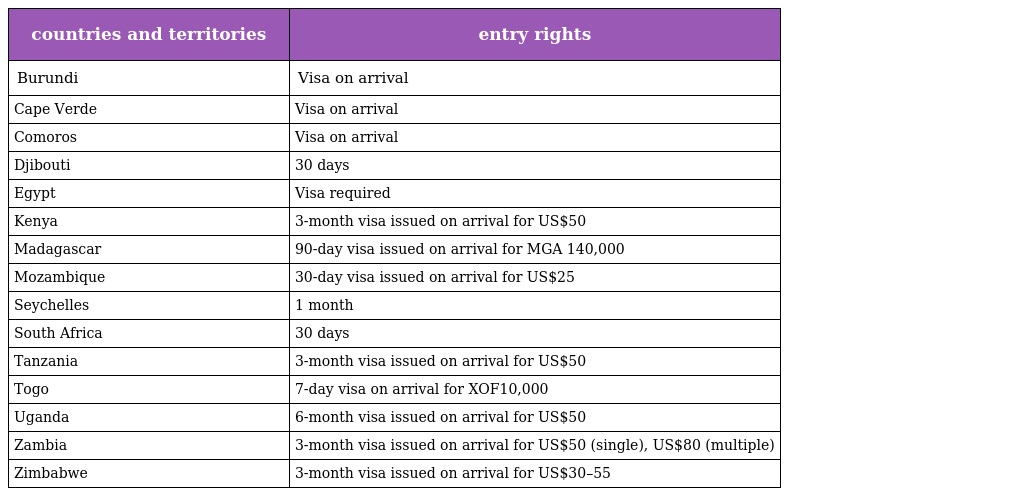
| countries and territories | entry rights |
 | --- | --- |
 | Burundi | Visa on arrival |
 | Cape Verde | Visa on arrival |
 | Comoros | Visa on arrival |
 | Djibouti | 30 days |
 | Egypt | Visa required |
 | Kenya | 3-month visa issued on arrival for US$50 |
 | Madagascar | 90-day visa issued on arrival for MGA 140,000 |
 | Mozambique | 30-day visa issued on arrival for US$25 |
 | Seychelles | 1 month |
 | South Africa | 30 days |
 | Tanzania | 3-month visa issued on arrival for US$50 |
 | Togo | 7-day visa on arrival for XOF10,000 |
 | Uganda | 6-month visa issued on arrival for US$50 |
 | Zambia | 3-month visa issued on arrival for US$50 (single), US$80 (multiple) |
 | Zimbabwe | 3-month visa issued on arrival for US$30–55 |